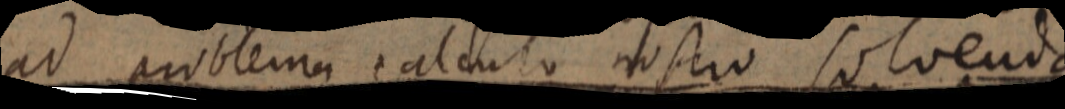
ad problema calculo nostro solvenda